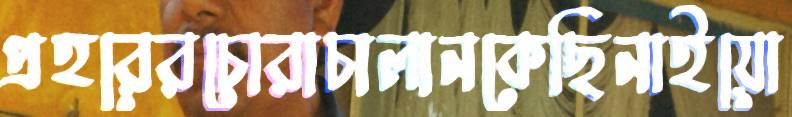
প্রহরেরচোরাচালানকেছিনাইয়ো